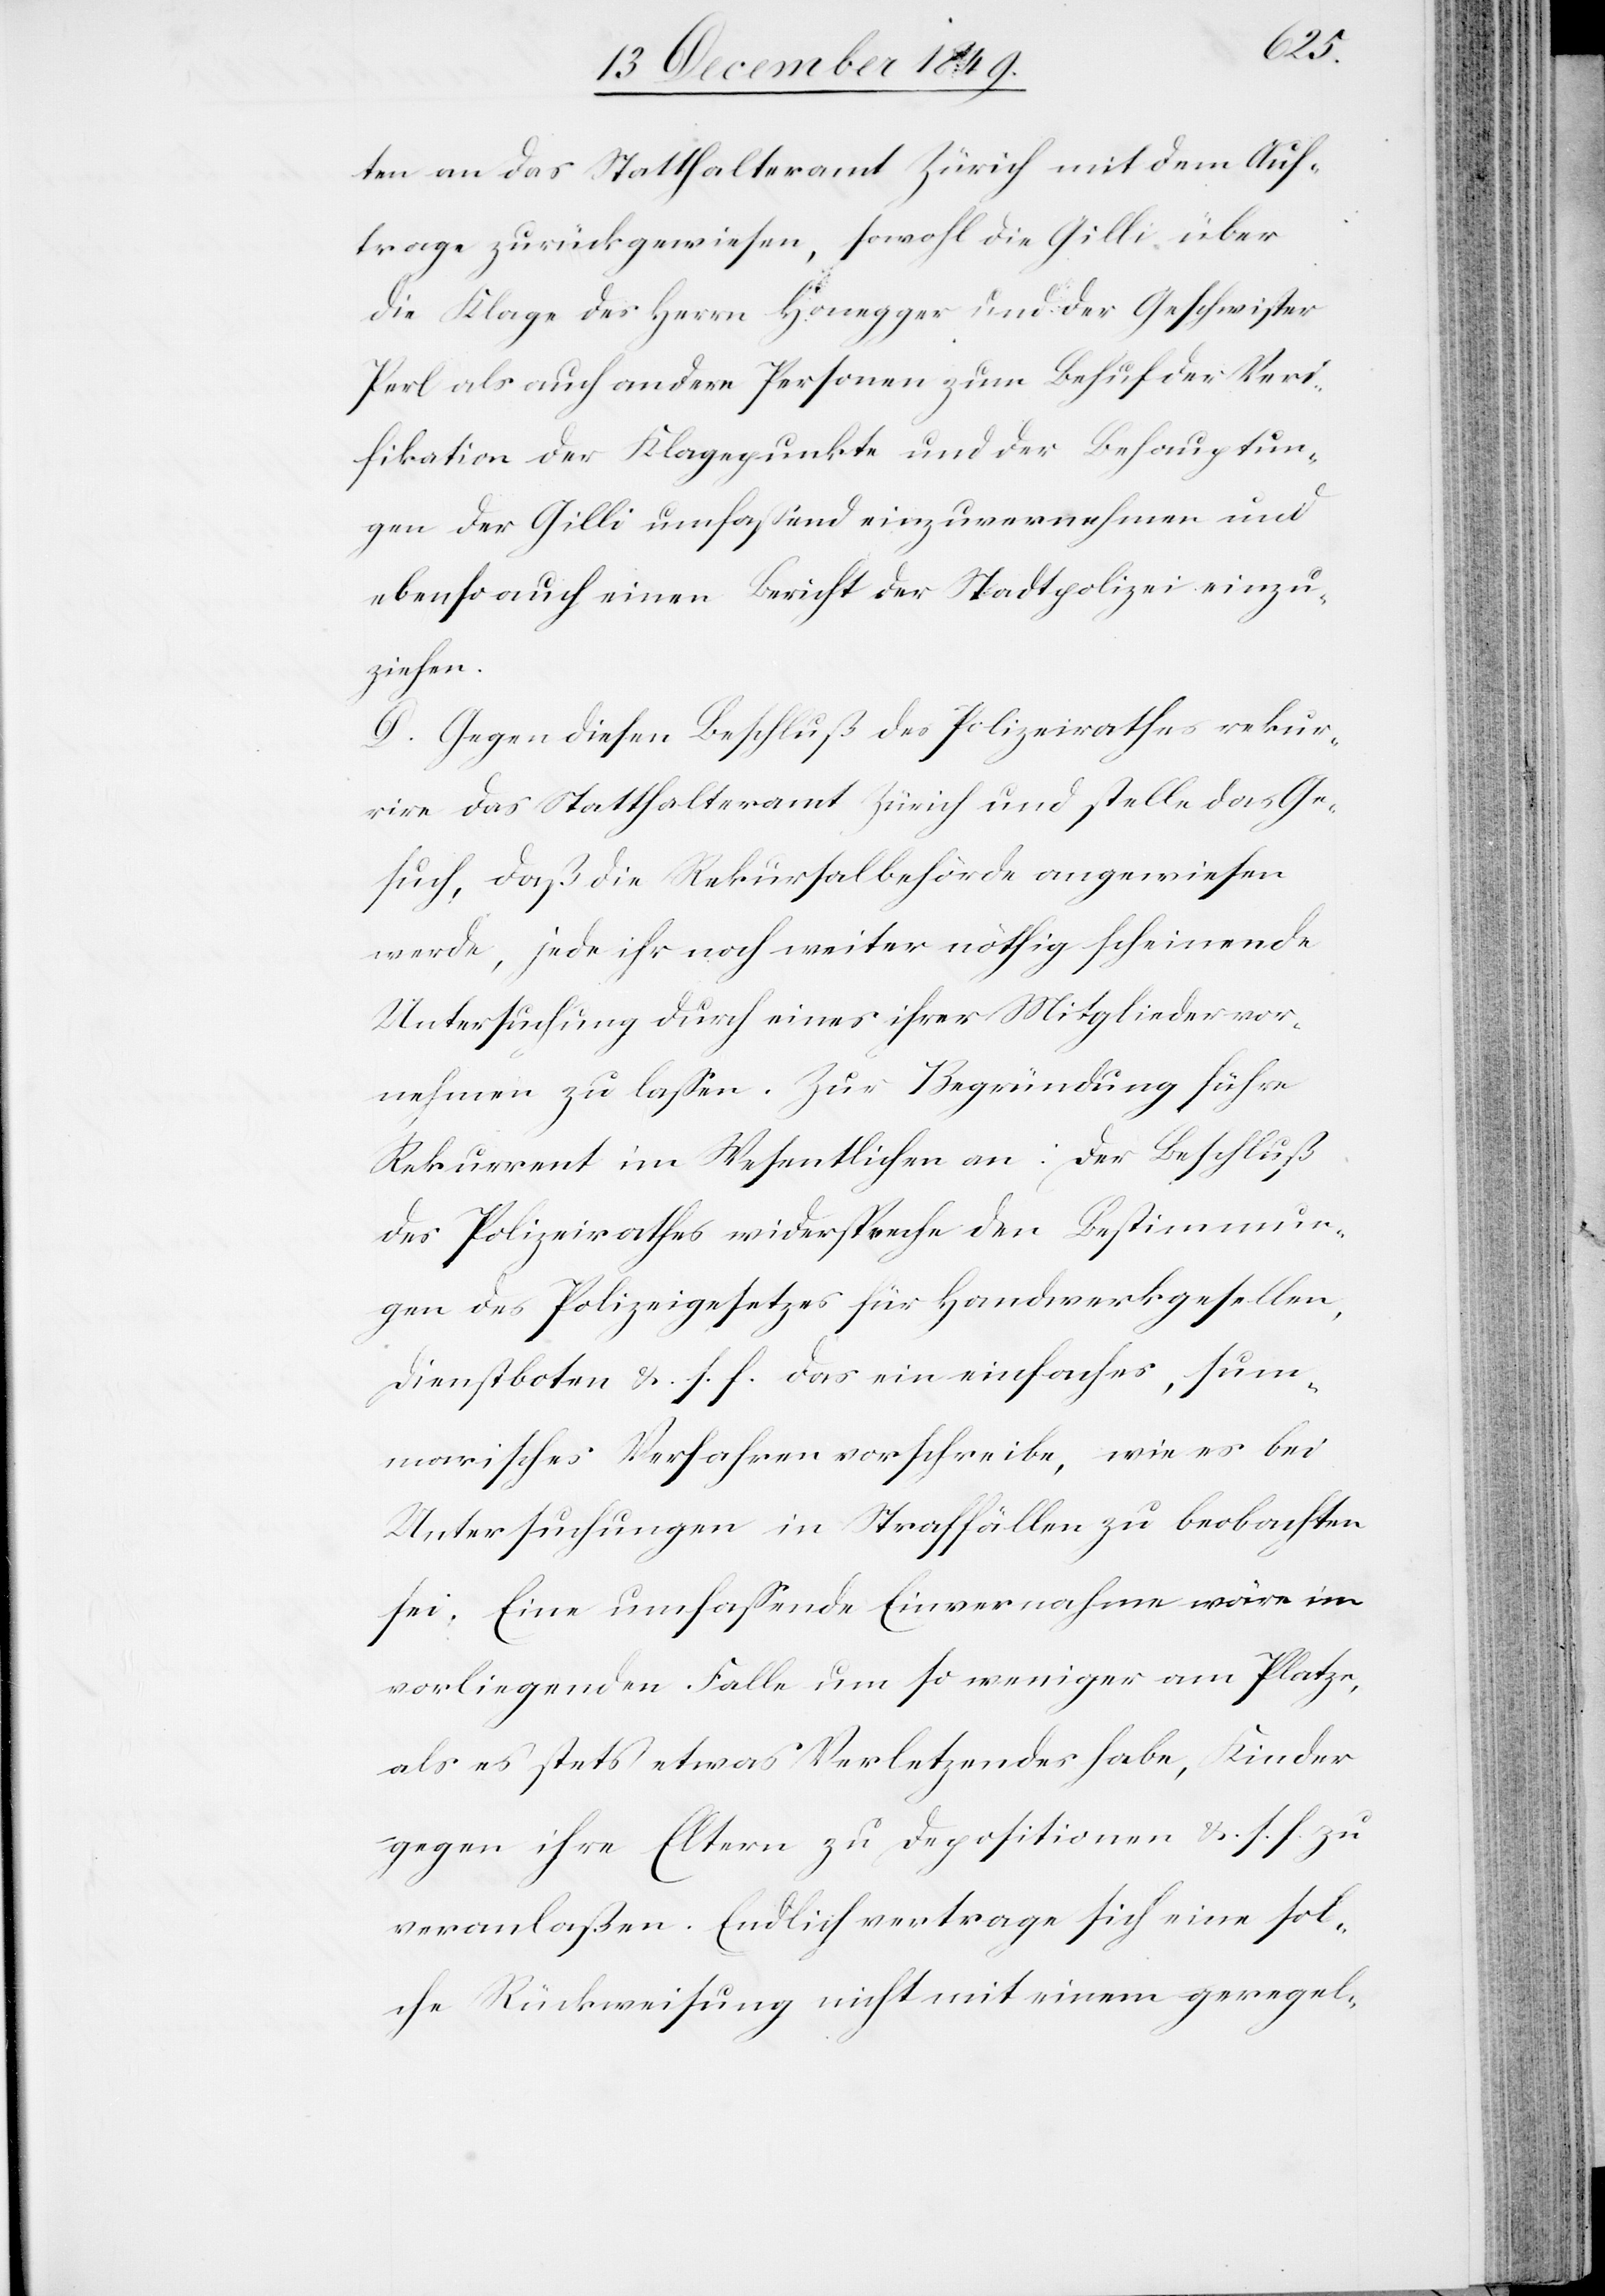
ten an das Statthalteramt Zürich mit dem Auf¬
trage zurückgewiesen, sowohl die Gilli über
die Klage des Herrn Honegger und der Geschwister
Perl als auch andere Personen zum Behuf der Veri¬
fikation der Klagepunkte und der Behauptun¬
gen der Gilli umfaßend einzuvernehmen und
ebenso auch einen Bericht der Stadtpolizei einzu¬
ziehen.
D. Gegen diesen Beschluß des Polizeirathes rekur¬
rire das Statthalteramt Zürich und stelle das Ge¬
such, daß die Rekursalbehörde angewiesen
werde, jede ihr noch weiter nöthig scheinende
Untersuchung durch eines ihrer Mitglieder vor¬
nehmen zu laßen. Zur Begründung führe
Rekurrent im Wesentlichen an: Der Beschluß
des Polizeirathes widerspreche den Bestimmun¬
gen des Polizeigesetzes für Handwerkgesellen,
Dienstboten u. s. f. das ein einfaches, sum¬
marisches Verfahren vorschreibe, wie es bei
Untersuchungen in Straffällen zu beobachten
sei. Eine umfaßende Einvernahme wäre im
vorliegenden Falle um so weniger am Platze,
als es stets etwas Verletzendes habe, Kinder
gegen ihre Eltern zu Depositionen u. s. f. zu
veranlaßen. Endlich vertrage sich eine sol¬
che Rückweisung nicht mit einem geregel-